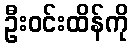
ဦးဝင်းထိန်ကို